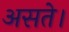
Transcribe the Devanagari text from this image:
असते।